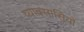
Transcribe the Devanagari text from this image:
व्यावसासियों